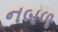
નબળ